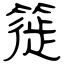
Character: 簁